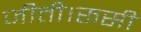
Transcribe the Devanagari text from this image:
जीती।रूसी